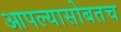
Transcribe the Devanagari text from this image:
आपल्यासोबतच